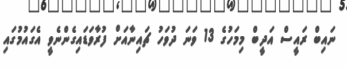
ނައިބް ރައީސް އަދީބް މިމަހުގެ 13 ވަނަ ދުވަހު ޗައިނާއަށް ފުރާވަޑައިގެންނެވީ އެގައުމުގައި